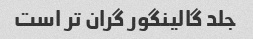
جلد گالینگور گران تر است